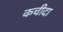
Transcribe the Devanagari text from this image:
कचीदा